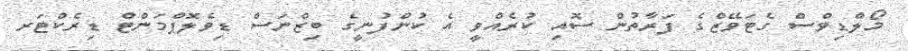
މޯލްޑިވްސް ގެޓަވޭޒްގެ ފަރާތުން ސޮއި ކުރެއްވީ އެ ކުންފުނީގެ ބިޒްނަސް ޑިވެލޮޕްމަންޓް ޑިރެކްޓަރ